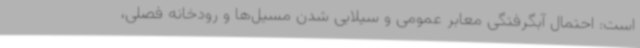
است: احتمال آبگرفتگی معابر عمومی و سیلابی شدن مسیل‌ها و رودخانه فصلی،